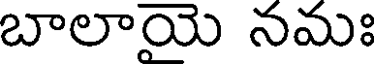
బాలాయె నమః